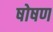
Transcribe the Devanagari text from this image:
षोषण